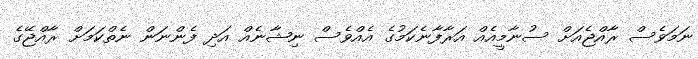
ނަމަވެސް ރާއްޖެއަށް ސުނާމީއެއް އަރާފާނެކަމުގެ އެއްވެސް ނިޝާނެއް އަދި ފެންނަން ނެތްކަމަށް ރާއްޖޭގެ